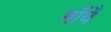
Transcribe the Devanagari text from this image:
गाँवँ